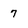
Character: 7